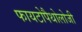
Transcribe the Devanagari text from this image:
फायटोपैथोलोजी